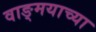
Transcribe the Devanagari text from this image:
वाङ्‍मयाच्या